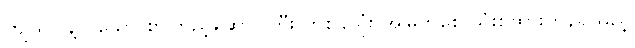
ကျယ်ပြန့်လှသော စာကြည့်ဆောင်ကြီး တစ်ခုလုံး အမြဲတစေ သုံးစွဲထားဟန်ရှိသည့်